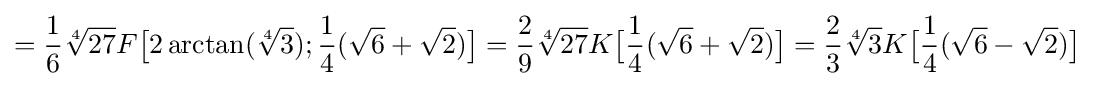
={\frac {1}{6}}{\sqrt[{4}]{27}}F{\bigl [}2\arctan({\sqrt[{4}]{3}});{\frac {1}{4}}({\sqrt {6}}+{\sqrt {2}}){\bigr ]}={\frac {2}{9}}{\sqrt[{4}]{27}}K{\bigl [}{\frac {1}{4}}({\sqrt {6}}+{\sqrt {2}}){\bigr ]}={\frac {2}{3}}{\sqrt[{4}]{3}}K{\bigl [}{\frac {1}{4}}({\sqrt {6}}-{\sqrt {2}}){\bigr ]}